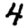
Digit: 4